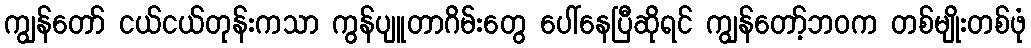
ကျွန်တော် ငယ်ငယ်တုန်းကသာ ကွန်ပျူတာဂိမ်းတွေ ပေါ်နေပြီဆိုရင် ကျွန်တော့်ဘဝက တစ်မျိုးတစ်ဖုံ